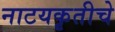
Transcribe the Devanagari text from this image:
नाटयकृतीचे